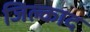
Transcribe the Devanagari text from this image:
जिल्काद